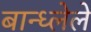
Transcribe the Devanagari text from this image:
बान्ध्लेले